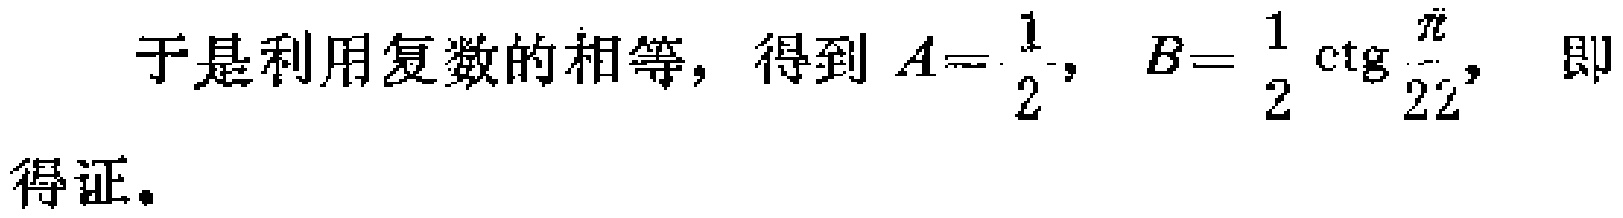
于是利用复数的相等，得到 \(A = \frac{1}{2}\)，\(B = \frac{1}{2}\cot\frac{\pi}{22}\)，即得证。